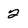
Character: 2